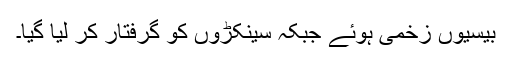
بیسیوں زخمی ہوئے جبکہ سینکڑوں کو گرفتار کر لیا گیا۔